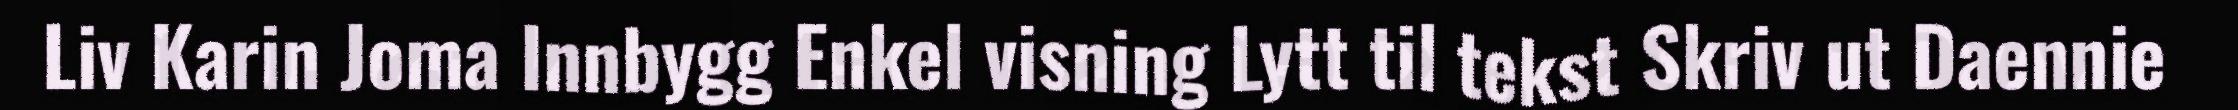
Liv Karin Joma Innbygg Enkel visning Lytt til tekst Skriv ut Daennie